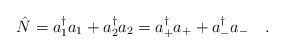
\begin{align*}\hat{N}=a_1^\dagger a_1+a_2^\dagger a_2=a_+^\dagger a_++a_-^\dagger a_-\ \ \ .\end{align*}